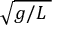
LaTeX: \sqrt { g / L \; }